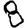
Digit: 8